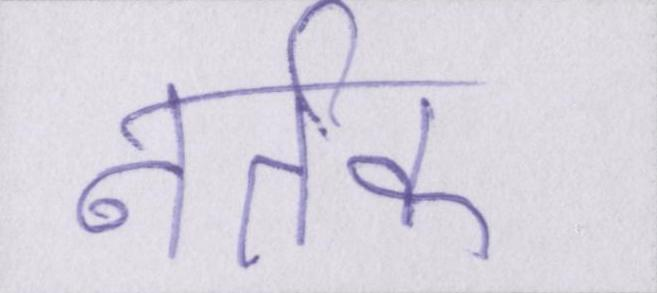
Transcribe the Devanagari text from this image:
नर्तक